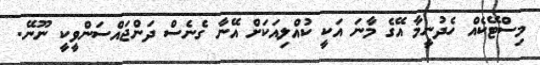
މިސްޓޭކެއް ހެދުނީމާ އޭގެ މާނަ އަކީ ކުއްލިއަކަށް އޭނާ ގެނެސް ދަންޖައްސަންވީކީ ނޫނޭ.